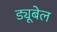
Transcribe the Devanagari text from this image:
ड्यूबेल